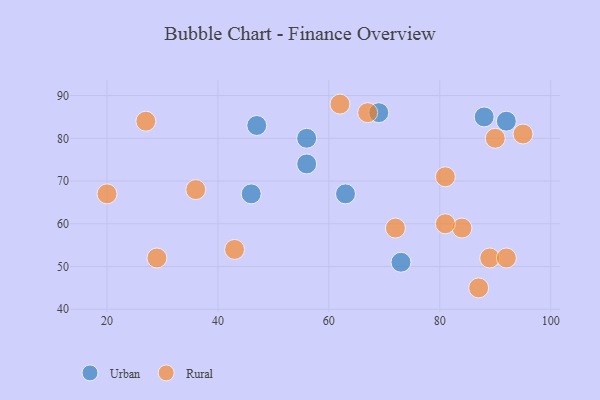
{"axis": {"x": "GDP", "y": "Life Expectancy"}, "legend": ["Rural", "Urban"], "data": [{"x": "56", "y": 74, "type": "Urban"}, {"x": "46", "y": 67, "type": "Urban"}, {"x": "56", "y": 80, "type": "Urban"}, {"x": "69", "y": 86, "type": "Urban"}, {"x": "47", "y": 83, "type": "Urban"}, {"x": "92", "y": 84, "type": "Urban"}, {"x": "73", "y": 51, "type": "Urban"}, {"x": "63", "y": 67, "type": "Urban"}, {"x": "88", "y": 85, "type": "Urban"}, {"x": "20", "y": 67, "type": "Rural"}, {"x": "81", "y": 71, "type": "Rural"}, {"x": "72", "y": 59, "type": "Rural"}, {"x": "89", "y": 52, "type": "Rural"}, {"x": "95", "y": 81, "type": "Rural"}, {"x": "87", "y": 45, "type": "Rural"}, {"x": "27", "y": 84, "type": "Rural"}, {"x": "67", "y": 86, "type": "Rural"}, {"x": "84", "y": 59, "type": "Rural"}, {"x": "36", "y": 68, "type": "Rural"}, {"x": "29", "y": 52, "type": "Rural"}, {"x": "90", "y": 80, "type": "Rural"}, {"x": "43", "y": 54, "type": "Rural"}, {"x": "92", "y": 52, "type": "Rural"}, {"x": "81", "y": 60, "type": "Rural"}, {"x": "62", "y": 88, "type": "Rural"}]}